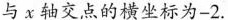
与x轴交点的横坐标为-2.